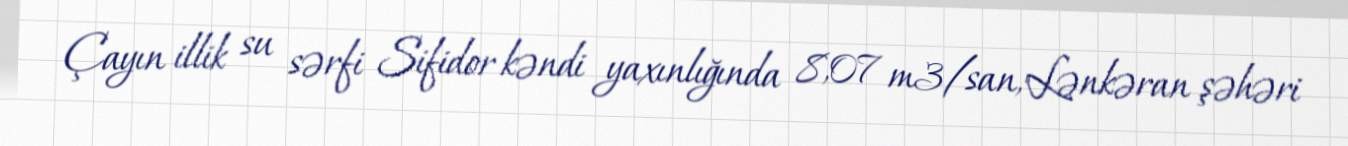
Çayın illik su sərfi Sifidor kəndi yaxınlığında 8,07 m3/san, Lənkəran şəhəri